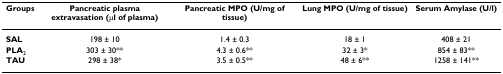
<table><thead><tr><td><b>Groups</b></td><td><b>Pancreatic plasma extravasation (μl of plasma)</b></td><td><b>Pancreatic MPO (U/mg of tissue)</b></td><td><b>Lung MPO (U/mg of tissue)</b></td><td><b>Serum Amylase (U/l)</b></td></tr></thead><tbody><tr><td><b>SAL</b></td><td>198 ± 10</td><td>1.4 ± 0.3</td><td>18 ± 1</td><td>408 ± 21</td></tr><tr><td><b>PLA</b><sub>2</sub></td><td>303 ± 30**</td><td>4.3 ± 0.6**</td><td>32 ± 3*</td><td>854 ± 83**</td></tr><tr><td><b>TAU</b></td><td>298 ± 38*</td><td>3.5 ± 0.5**</td><td>48 ± 6**</td><td>1258 ± 141**</td></tr></tbody></table>